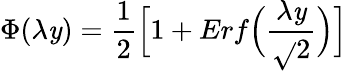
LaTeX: \Phi(\lambda\mathit{y})=\frac{{1}}{{2}}\Bigl[1+Erf\Bigl(\frac{{\lambda\mathit{y}}}{{\sqrt{}{{2}}}}\Bigr)\Bigr]